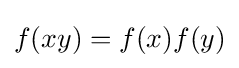
f(xy)=f(x)f(y)